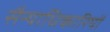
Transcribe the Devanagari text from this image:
सैन्याधिकारियों